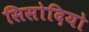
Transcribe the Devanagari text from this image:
सिसोदियो